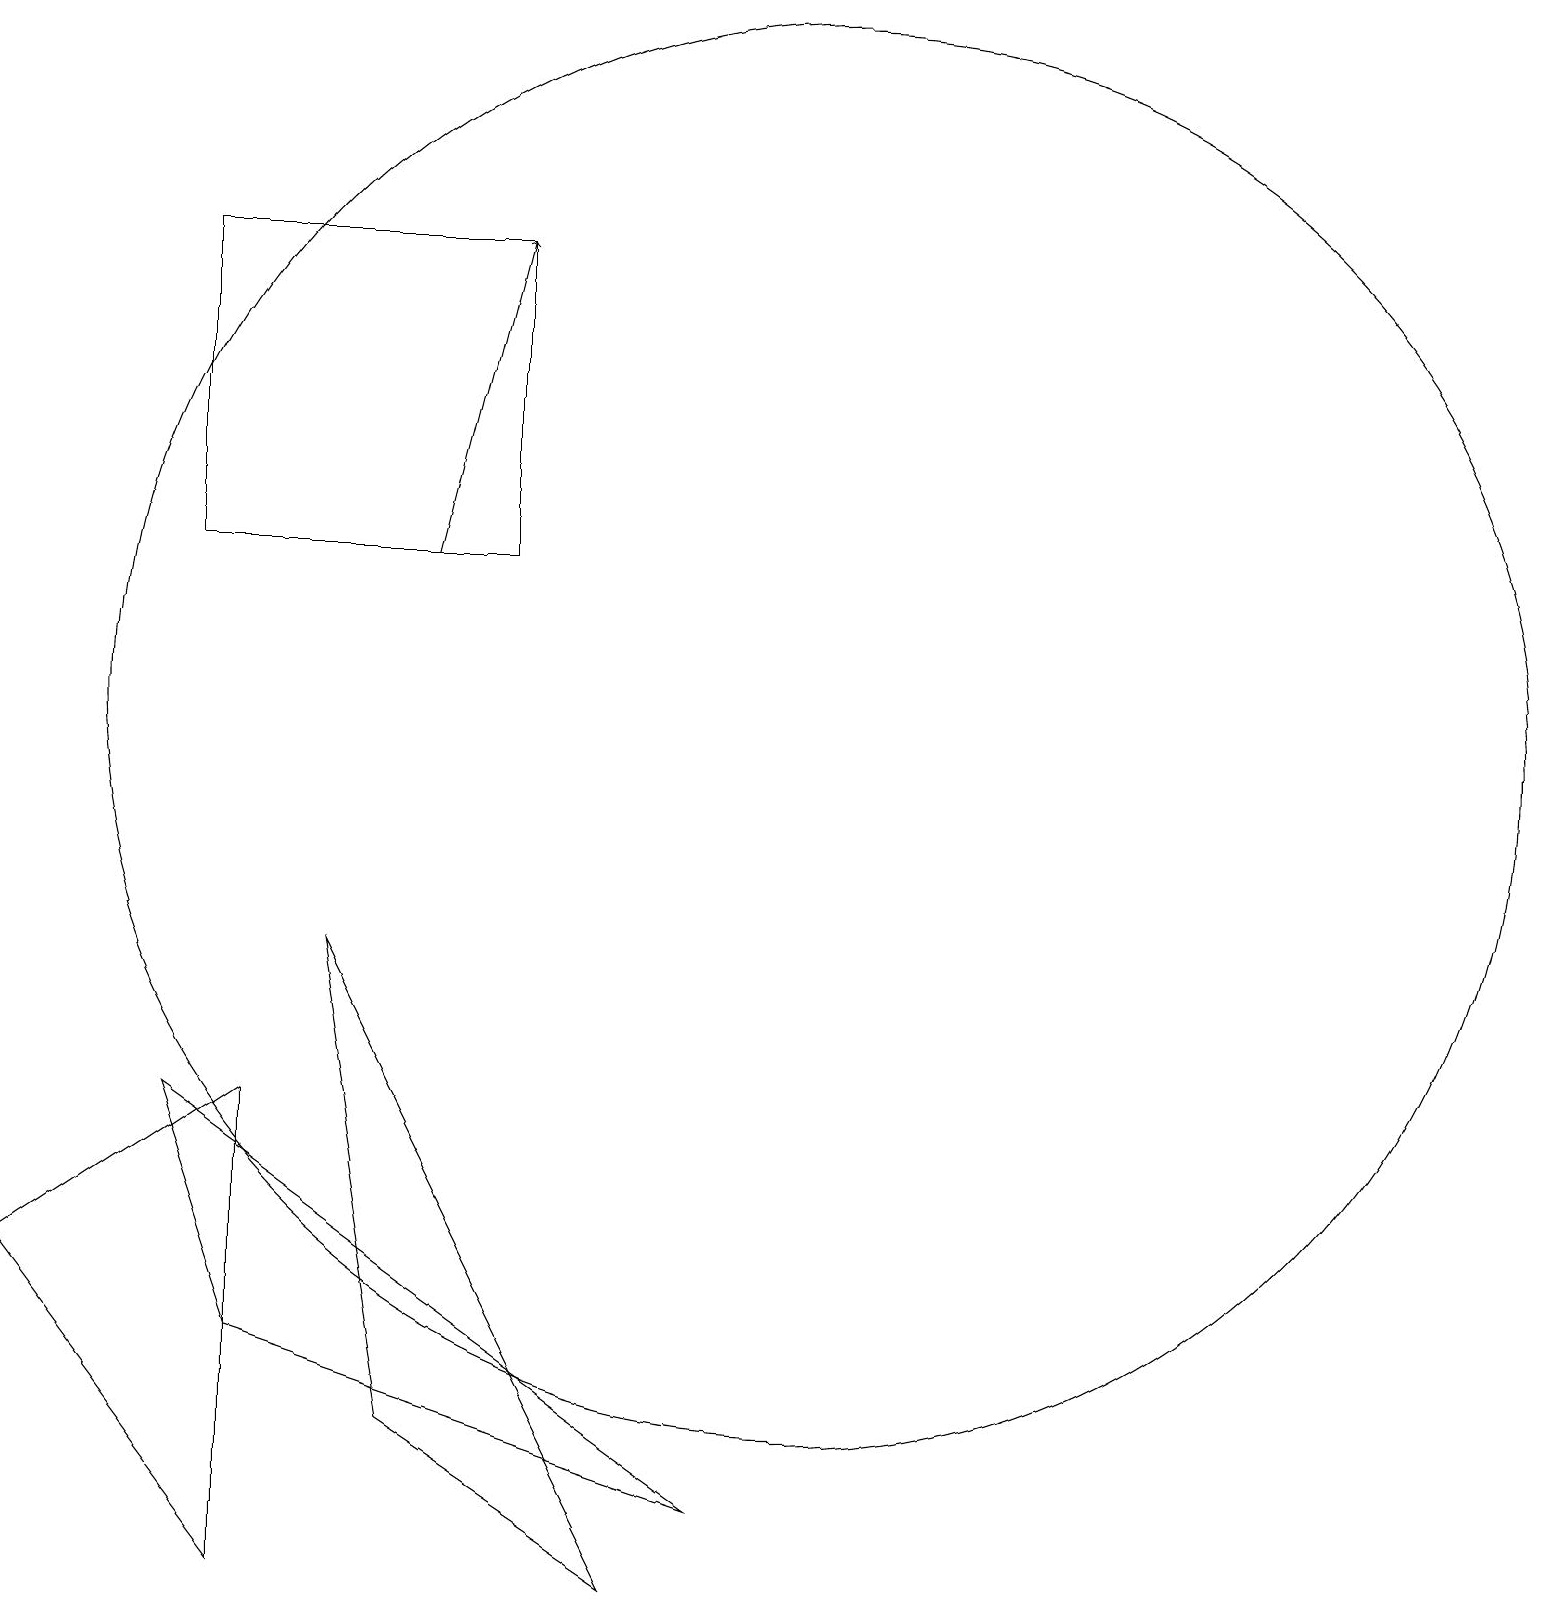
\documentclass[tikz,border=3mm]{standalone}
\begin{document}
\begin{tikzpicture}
\draw (8,0) -- (5,2) -- (4,8) -- cycle;
\draw (2,17) rectangle (6,13);
\draw (3,3) -- (9,1) -- (2,6) -- cycle;
\draw (3,6) -- (0,4) -- (3,0) -- cycle;
\draw (10,11) circle (9);
\draw[->] (5,13) -- (6,17);
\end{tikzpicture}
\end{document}